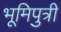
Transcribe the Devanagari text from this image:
भूमिपुत्री